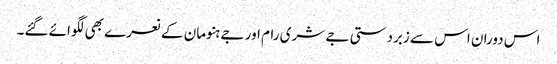
اس دوران اس سے زبردستی جے شری رام اور جے ہنومان کے نعرے بھی لگوائے گئے۔